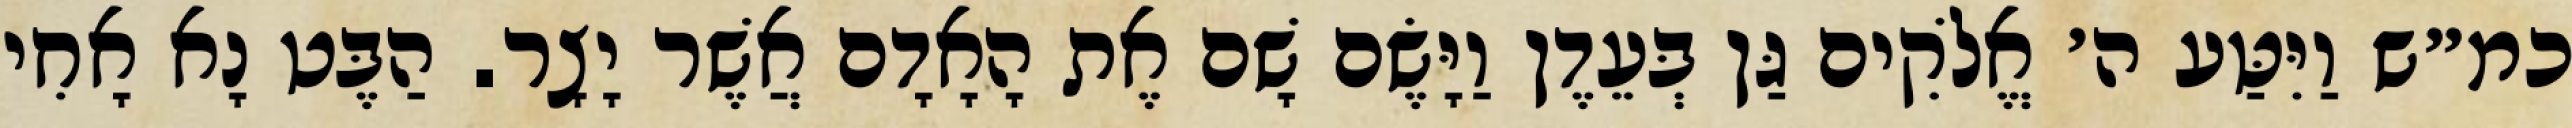
כמ״ש וַיִּטַּע ה׳ אֱלֹקִים גַּן בְּעֵדֶן וַיָּשֶׂם שָׁם אֶת הָאָדָם אֲשֶׁר יָצָר. הַבֶּט נָא אָחִי